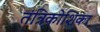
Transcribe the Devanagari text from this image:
तंत्रिकोशिका